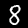
Label: 8